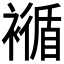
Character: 𧝩